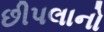
છીપલાનો